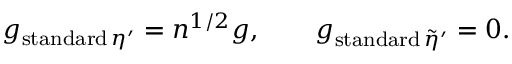
g _ { \mathrm { s t a n d a r d } \, \eta ^ { \prime } } = n ^ { 1 / 2 } g , \qquad g _ { \mathrm { s t a n d a r d } \, \tilde { \eta } ^ { \prime } } = 0 .